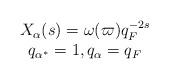
LaTeX: \begin{align*}\begin{matrix} X_{\alpha}(s)=\omega(\varpi)q_F^{-2s}\\ q_{\alpha^*}=1, q_{\alpha}=q_F \end{matrix}\end{align*}